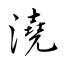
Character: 澆